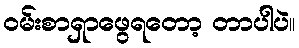
ဝမ်းစာရှာဖွေရတော့ တာပါပဲ။